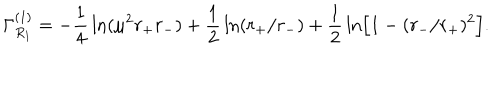
LaTeX: \Gamma _ { R _ { 1 } } ^ { ( 1 ) } = - { \frac { 1 } { 4 } } \ln ( \mu ^ { 2 } r _ { + } r _ { - } ) + { \frac { 1 } { 2 } } \ln ( r _ { + } / r _ { - } ) + { \frac { 1 } { 2 } } \ln \Bigr [ 1 - ( r _ { - } / r _ { + } ) ^ { 2 } \Bigr ] .